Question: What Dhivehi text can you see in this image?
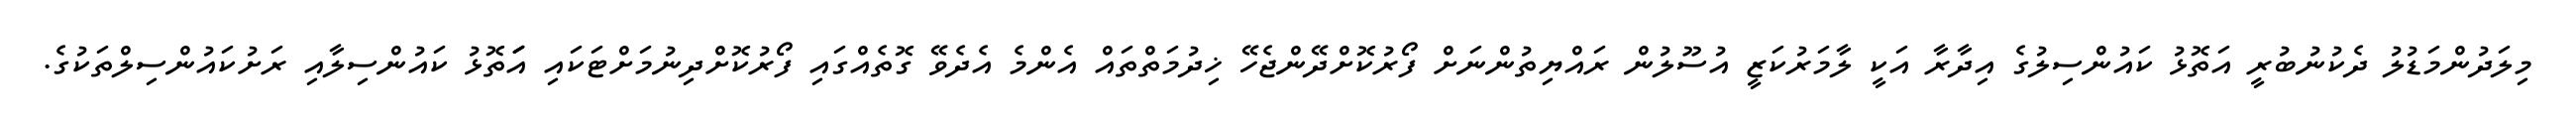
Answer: މިލަދުންމަޑުލު ދެކުނުބުރީ އަތޮޅު ކައުންސިލުގެ އިދާރާ އަކީ ލާމަރުކަޒީ އުސޫލުން ރައްޔިތުންނަށް ފޯރުކޮށްދޭންޖެހޭ ޚިދުމަތްތައް އެންމެ އެދެވޭ ގޮތެއްގައި ފޯރުކޮށްދިނުމަށްޓަކައި އަަަތޮޅު ކައުންސިލާއި ރަށުކައުންސިލްތަކުގެ.